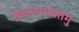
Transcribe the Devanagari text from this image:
महाभागवतमु